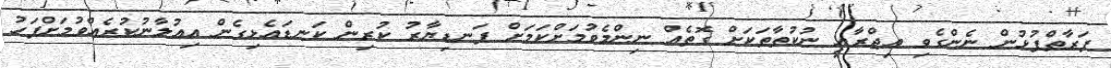
ފަރާތްޕުޅުން ނެންގެވި އިޖްރާއީ ނުކުތާތަކަށް ގޮތެއް ނިންމެވުމަށްކަމަށް ފަނޑިޔާރު ކުރިން ކަނޑައެޅިގެން އިޢުލާނުކުރެއްވުމަށްފަހު